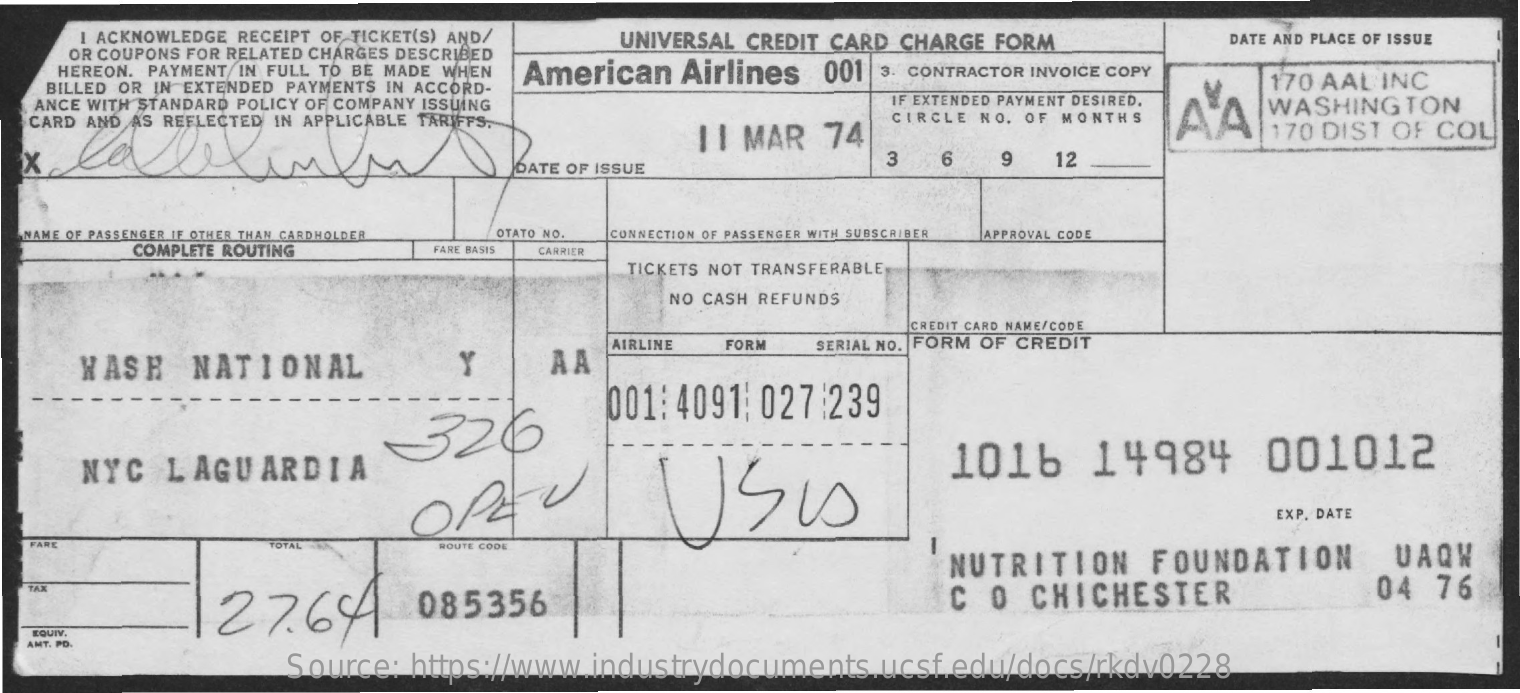
I ACKNOWLEDGE RECEIPT OF TICKET(S) AND/    UNIVERSAL  CREDIT CARD  CHARGE  FORM
     OR COUPONS FOR RELATED CHARGES DESCRIBED
     DATE AND PLACE OF ISSUE
     HEREON. PAYMENT IN FULL TO BE MADE WHEN American    Airlines    001
    BILLED OR IN EXTENDED PAYMENTS IN ACCORD-
     3. CONTRACTOR INVOICE COPY
     170 AAL   INC
   ANCE WITH STANDARD POLICY OF COMPANY ISSUING    IF EXTENDED PAYMENT DESIRED.
     AA
     WASHINGTON
   CARD AND AS REFLECTED IN APPLICABLE TARIFFS.
  X
     II MAR    74
     CIRCLE  NO. OF MONTHS
     170  DIST  OF COL
     DATE OF ISSUE
     3   6    9   12
  NAME OF PASSENGER IF OTHER THAN CARDHOLDER OTATO NO. CONNECTION OF PASSENGER WITH SUBSCRIBER APPROVAL CODE
     COMPLETE ROUTING    FARE BASIS CARRIER
     TICKETS NOT TRANSFERABLE
     NO CASH REFUNDS
     CREDIT CARD NAME/CODE
     AIRLINE   FORM
     WASH    NATIONAL    Y    AA
     SERIAL NO. FORM OF CREDIT
     -326
     001:  4091   027:239
     NYC    LAGUARDIA
     USU
     1016    14984    001012
     OPEU    EXP. DATE
     -
   FARE    TOTAL    ROUTE CODE
     NUTRITION    FOUNDATION    UAQW
     27.6    085356    C  O   CHICHESTER    04   76 TAJ
   EQUIV.
   AMT. PD.
     Source:    https://www.industrydocuments.ucsf.edu/docs/rkdv0228